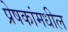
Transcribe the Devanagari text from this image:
प्रेषकांमधील